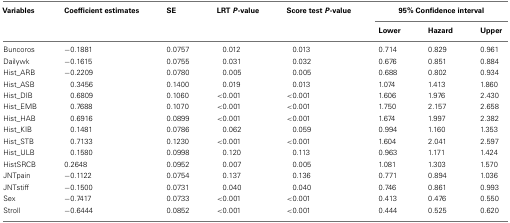
| Variables | Coefficient estimates | SE | LRT P-value | Score test P-value | <COLSPAN=3> 95% Confidence interval |
 | <COLSPAN=5>  | Lower | Hazard | Upper |
 | --- | --- | --- | --- | --- | --- | --- | --- |
 | Buncoros | −0.1881 | 0.0757 | 0.012 | 0.013 | 0.714 | 0.829 | 0.961 |
 | Dailywk | −0.1615 | 0.0755 | 0.031 | 0.032 | 0.676 | 0.851 | 0.884 |
 | Hist_ARB | −0.2209 | 0.0780 | 0.005 | 0.005 | 0.688 | 0.802 | 0.934 |
 | Hist_ASB | 0.3456 | 0.1400 | 0.019 | 0.013 | 1.074 | 1.413 | 1.860 |
 | Hist_DIB | 0.6809 | 0.1060 | <0.001 | <0.001 | 1.606 | 1.976 | 2.430 |
 | Hist_EMB | 0.7688 | 0.1070 | <0.001 | <0.001 | 1.750 | 2.157 | 2.658 |
 | Hist_HAB | 0.6916 | 0.0899 | <0.001 | <0.001 | 1.674 | 1.997 | 2.382 |
 | Hist_KIB | 0.1481 | 0.0786 | 0.062 | 0.059 | 0.994 | 1.160 | 1.353 |
 | Hist_STB | 0.7133 | 0.1230 | <0.001 | <0.001 | 1.604 | 2.041 | 2.597 |
 | Hist_ULB | 0.1580 | 0.0998 | 0.120 | 0.113 | 0.963 | 1.171 | 1.424 |
 | HistSRCB | 0.2648 | 0.0952 | 0.007 | 0.005 | 1.081 | 1.303 | 1.570 |
 | JNTpain | −0.1122 | 0.0754 | 0.137 | 0.136 | 0.771 | 0.894 | 1.036 |
 | JNTstiff | −0.1500 | 0.0731 | 0.040 | 0.040 | 0.746 | 0.861 | 0.993 |
 | Sex | −0.7417 | 0.0733 | <0.001 | <0.001 | 0.413 | 0.476 | 0.550 |
 | Stroll | −0.6444 | 0.0852 | <0.001 | <0.001 | 0.444 | 0.525 | 0.620 |